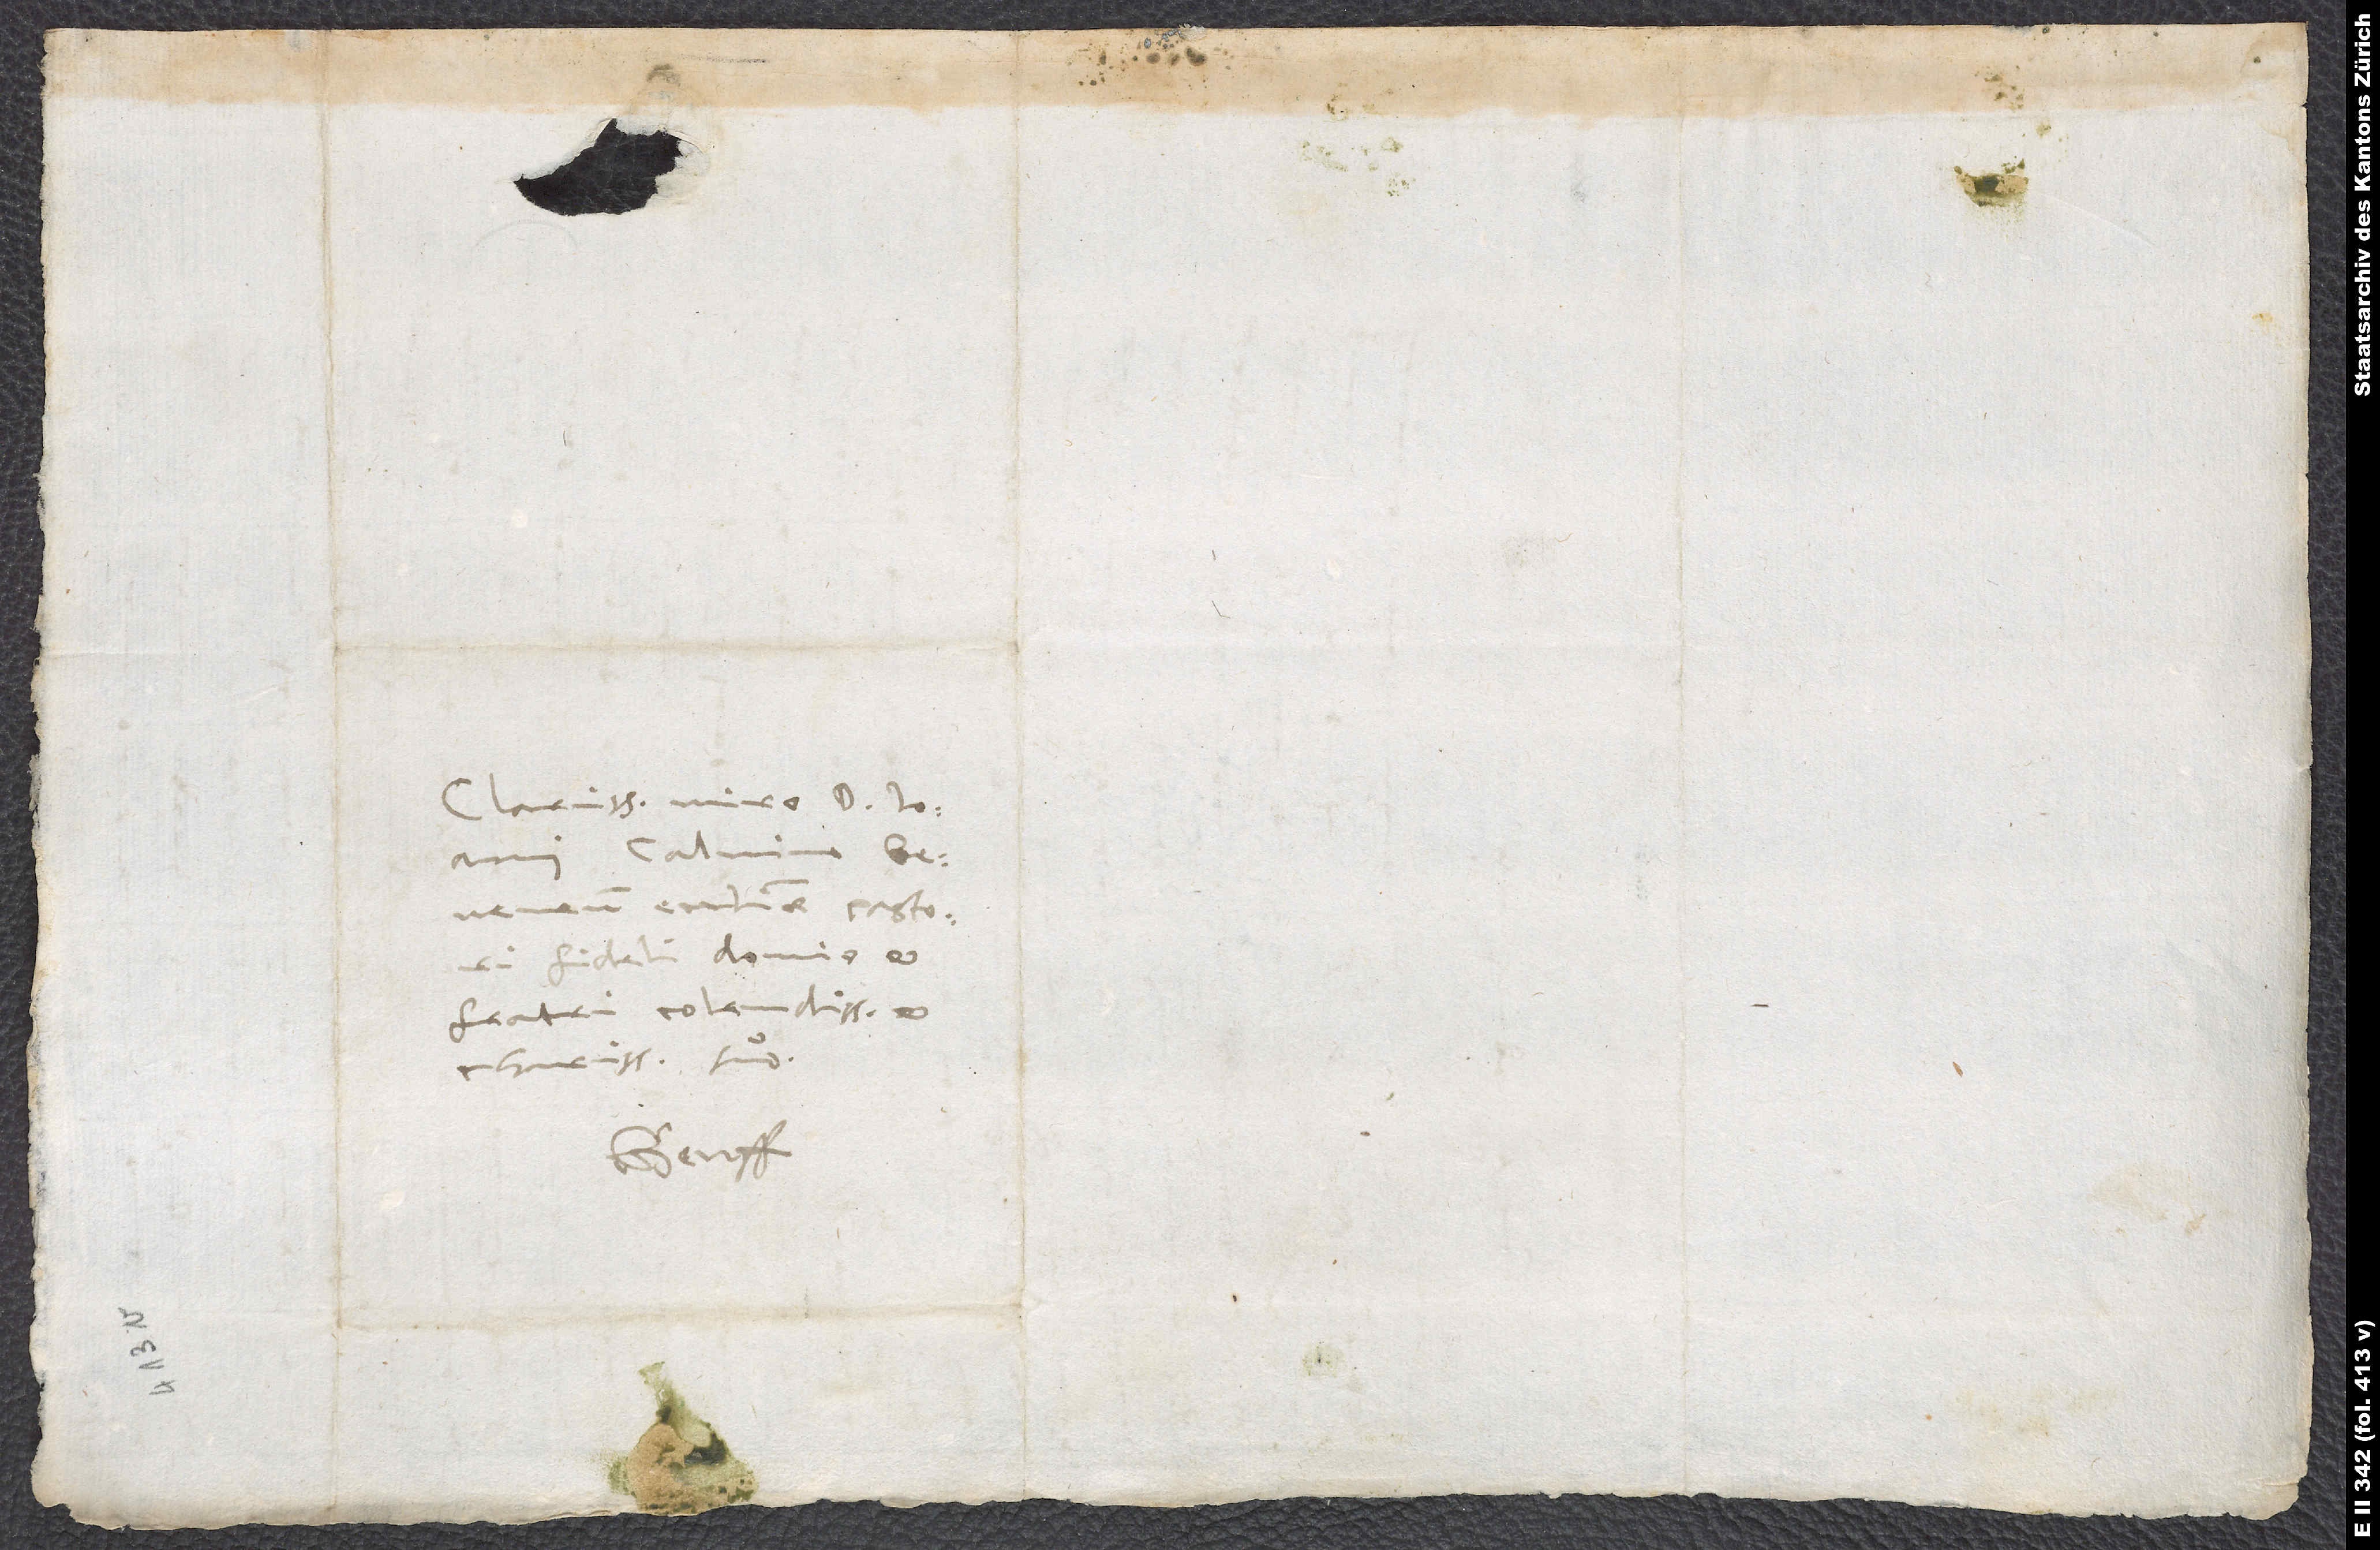
Clarissimo viro d. Ioanni
fideli, domino et
fratri colendissimo et
charissimo suo.
Genff.